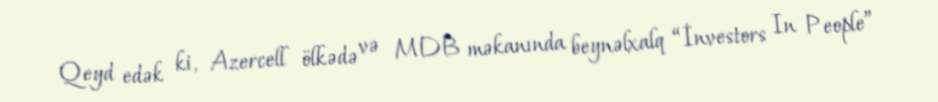
Qeyd edək ki, Azercell ölkədə və MDB məkanında beynəlxalq “İnvestors In People”